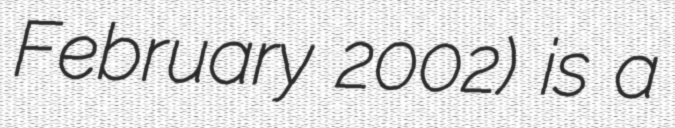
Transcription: February 2002) is a